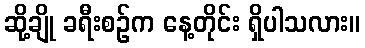
ဆို့ချို ခရီးစဉ်က နေ့တိုင်း ရှိပါသလား။